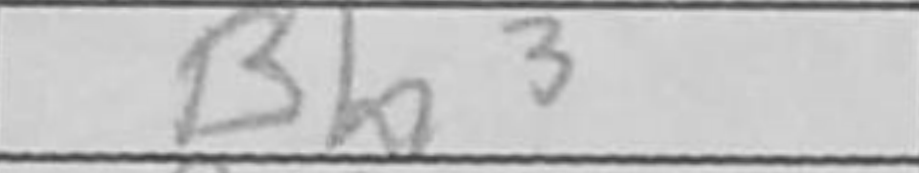
Transcription: Bh3